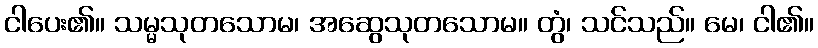
ငါပေး၏။ သမ္မသုတသောမ၊ အဆွေသုတသောမ။ တွံ၊ သင်သည်။ မေ၊ ငါ၏။